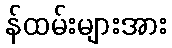
န်ထမ်းများအား